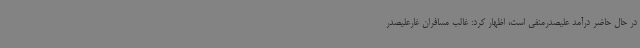
در حال حاضر درآمد علیصدرمنفی است، اظهار کرد: غالب مسافران غارعلیصدر